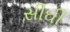
સીઘી